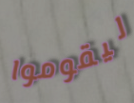
ليقوموا